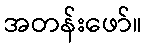
အတန်းဖော်။